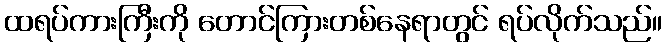
ထရပ်ကားကြီးကို တောင်ကြားတစ်နေရာတွင် ရပ်လိုက်သည်။